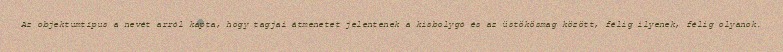
Az objektumtípus a nevét arról kapta, hogy tagjai átmenetet jelentenek a kisbolygó és az üstökösmag között, félig ilyenek, félig olyanok.